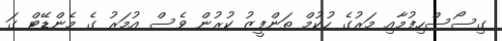
ގިސޯސްހިފުމާއި މަރުގެ ހުކުމް ތަންފީޒު ކުރުން ވެސް އުމަރު ގެ މެންޑޭޓް ގަ